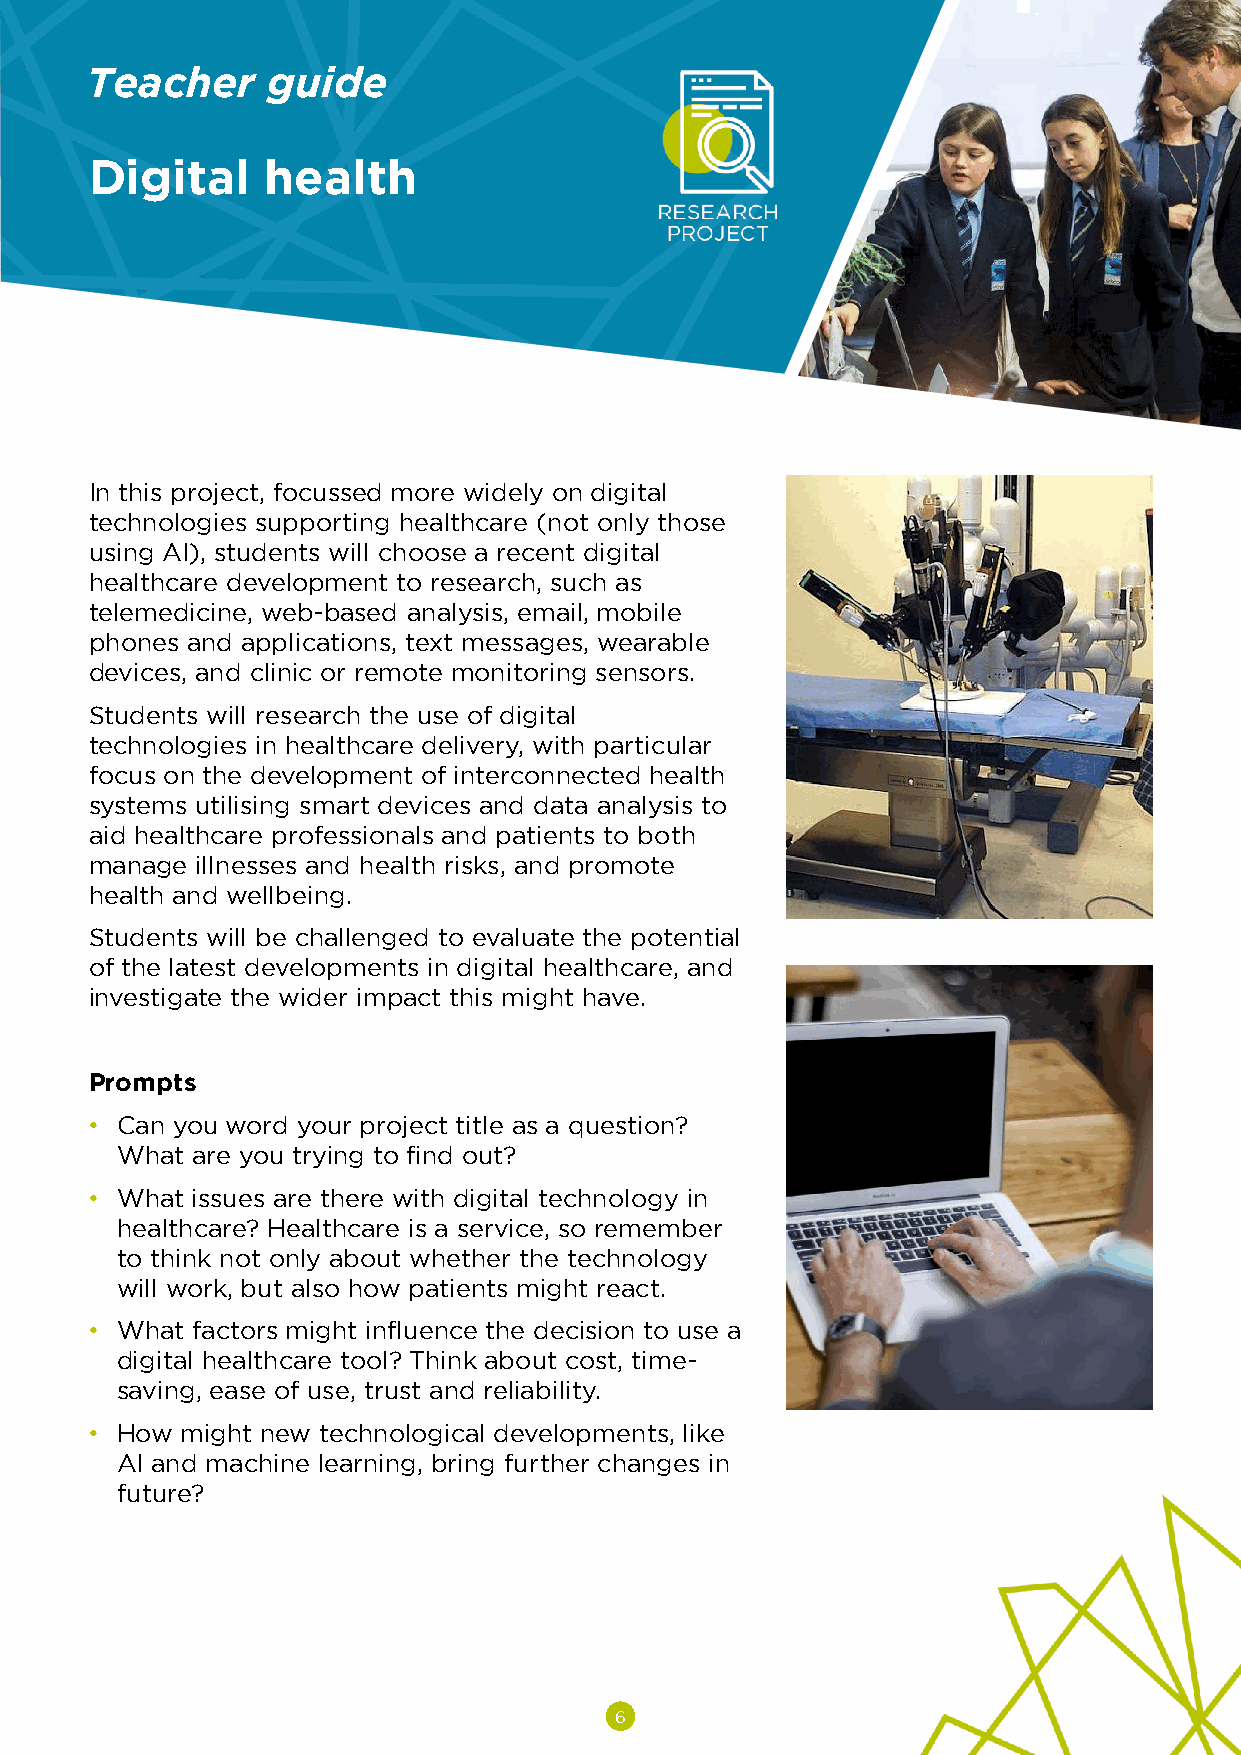
Teacher     guide
 Digital     health
 In this project, focussed more widely on digital
 technologies supporting healthcare (not only those
 using AI), students will choose a recent digital
 healthcare development to research, such as
 telemedicine, web-based analysis, email, mobile
 phones and applications, text messages, wearable
 devices, and clinic or remote monitoring sensors.
 Students will research the use of digital
 technologies in healthcare delivery, with particular
 focus on the development of interconnected health
 systems utilising smart devices and data analysis to
 aid healthcare professionals and patients to both
 manage illnesses and health risks, and promote
 health and wellbeing.
 Students will be challenged to evaluate the potential
 of the latest developments in digital healthcare, and
 investigate the wider impact this might have.
 Prompts
 • Can you word your project title as a question?
 What are you trying to find out?
 • What issues are there with digital technology in
 healthcare? Healthcare is a service, so remember
 to think not only about whether the technology
 will work, but also how patients might react.
 • What factors might influence the decision to use a
 digital healthcare tool? Think about cost, time-
 saving, ease of use, trust and reliability.
 • How might new technological developments, like
 AI and machine learning, bring further changes in
 future?
 6